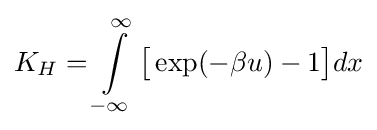
K_{H}=\int \limits _{-\infty }^{\infty }{\big [}\exp(-\beta u)-1{\big ]}dx